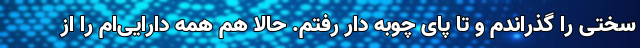
سختی را گذراندم و تا پای چوبه دار رفتم. حالا هم همه دارایی‌ام را از